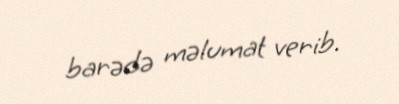
barədə məlumat verib.